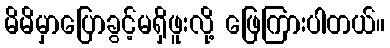
မိမိမှာပြောခွင့်မရှိဖူးလို့ ဖြေကြားပါတယ်။